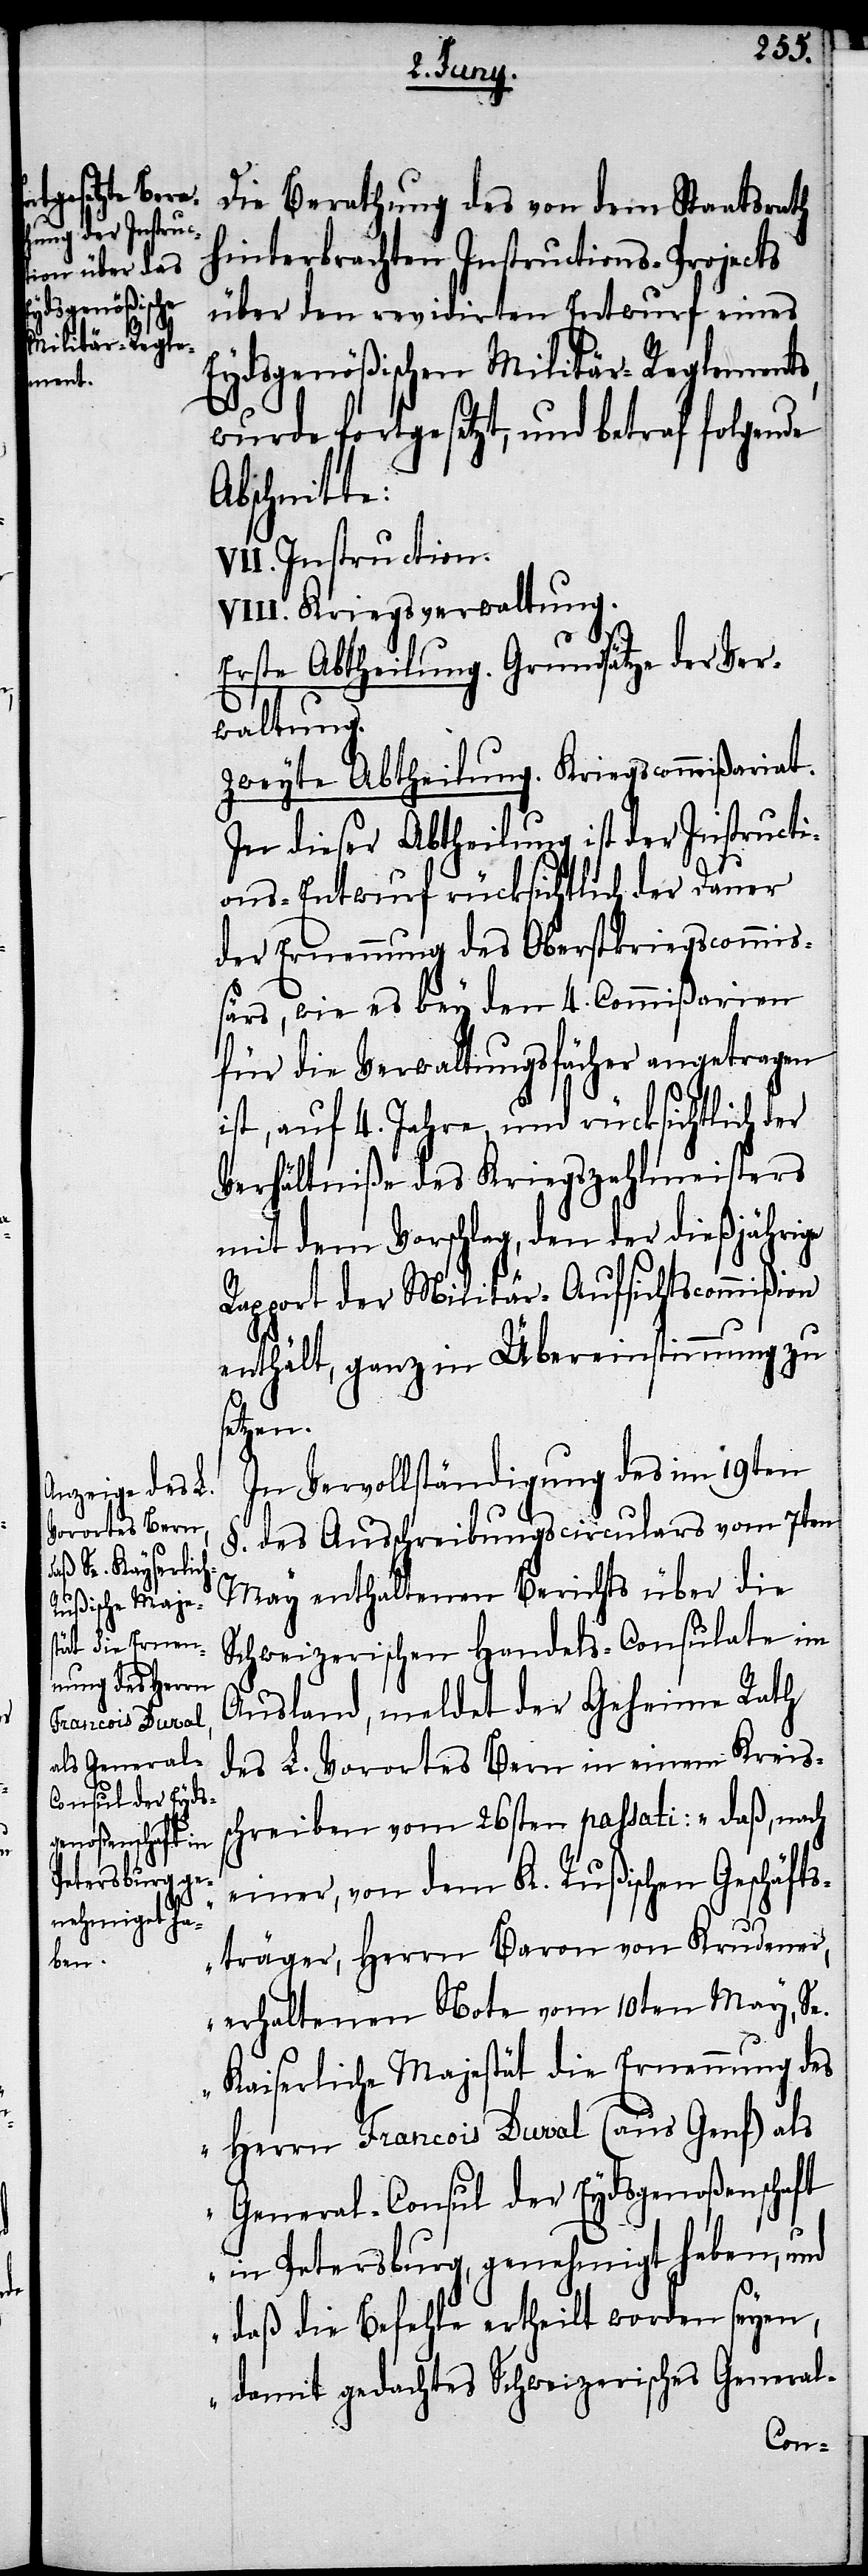
Die Berathung des von dem Staatsrath
hinterbrachten Instructions-Projects
über den revidirten Entwurf eines
Eydsgenößischen Militär-Reglements,
wurde fortgesetzt, und betraf folgende
Abschnitte:
VII. Instruction
Kriegsverwaltung.
Erste Abtheilung. Grundsätze der Ver¬
waltung.
Zweyte Abtheilung. Kriegscommißariat.
In dieser Abtheilung ist der Instructi¬
ons-Entwurf rücksichtlich der Dauer
der Ernennung des Oberstkriegscommi¬
ßärs, wie es bey den 4. Commißarien
für die Verwaltungsfächer angetragen
ist, auf 4. Jahre, und rücksichtlich der
Verhältniße des Kriegszahlmeisters
mit dem Vorschlag, den der diejährige
Rapport der Militär-Aufsichtscommißion
enthält, ganz in Übereinstimmung zu
tzen.
In Vervollständigung des im 19ten
§. des Ausschreibungscirculares vom 7ten
May enthaltenen Berichts über die
Schweizerischen Handels-Consulate im
Ausland, meldet der Geheime Rath
des L. Vorortes Bern in einem Kreis¬
schreiben vom 26sten passati: „daß, nach
einer, von dem K. Rußischen Geschäfts¬
träger, Herrn Baron von Krudener,
erhaltenen Note vom 10ten May, Se.
Kaiserliche Majestät die Ernennung des
Herrn Francois Duval (aus Genf) als
General-Consul der Eydsgenoßenschaft
in Petersburg, genehmigt haben, und
daß die Befehle ertheilt worden seyen,
damit gedachtes Schweizerisches General-